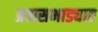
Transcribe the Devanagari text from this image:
प्रवासभाड्यात